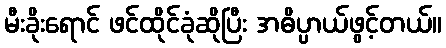
မီးခိုးရောင် ဖင်ထိုင်ခုံဆိုပြီး အဓိပ္ပာယ်ဖွင့်တယ်။